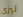
ليزى